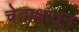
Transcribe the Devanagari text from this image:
चेताक्षातून